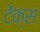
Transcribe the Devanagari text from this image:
टेंक्स